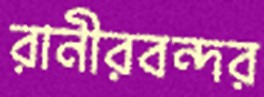
রানীরবন্দর